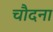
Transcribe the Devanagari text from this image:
चौदना